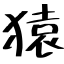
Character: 猿